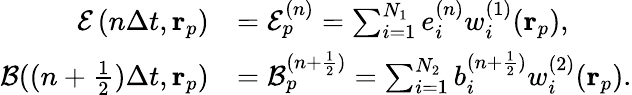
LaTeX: \begin{array}{rl}{\mathcal{E}\left(n\Delta t,\mathbf{r}_{p}\right)}&{=\mathcal{E}_{p}^{(n)}=\sum_{i=1}^{N_{1}}e_{i}^{(n)}w_{i}^{(1)}(\mathbf{r}_{p}),}\\ {\mathcal{B}((n+\frac{1}{2})\Delta t,\mathbf{r}_{p})}&{=\mathcal{B}_{p}^{(n+\frac{1}{2})}=\sum_{i=1}^{N_{2}}b_{i}^{(n+\frac{1}{2})}w_{i}^{(2)}(\mathbf{r}_{p}).}\end{array}